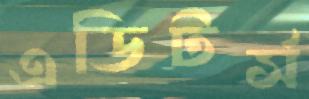
এডিটর্স